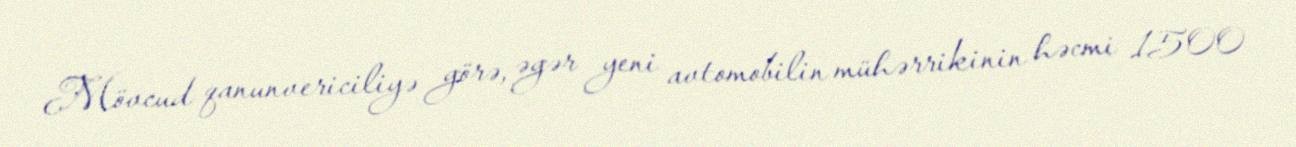
Mövcud qanunvericiliyə görə, əgər yeni avtomobilin mühərrikinin həcmi 1500